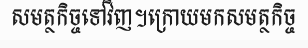
សមត្ថកិច្ចទៅវិញ។ក្រោយមកសមត្ថកិច្ច